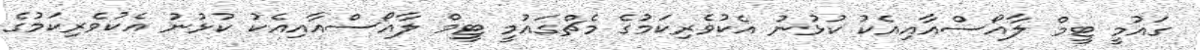
ގައުމީ ޓީމް ލާއޯސްއާއިއެކު ކުޅުނު އެކުވެރިކަމުގެ މެޗްގައުމީ ޓީމް ލާއޯސްއާއިއެކު ކުޅުނު އެކުވެރިކަމުގެ